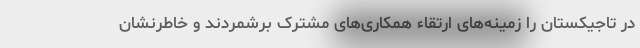
در تاجیکستان را زمینه‌های ارتقاء همکاری‌های مشترک برشمردند و خاطرنشان